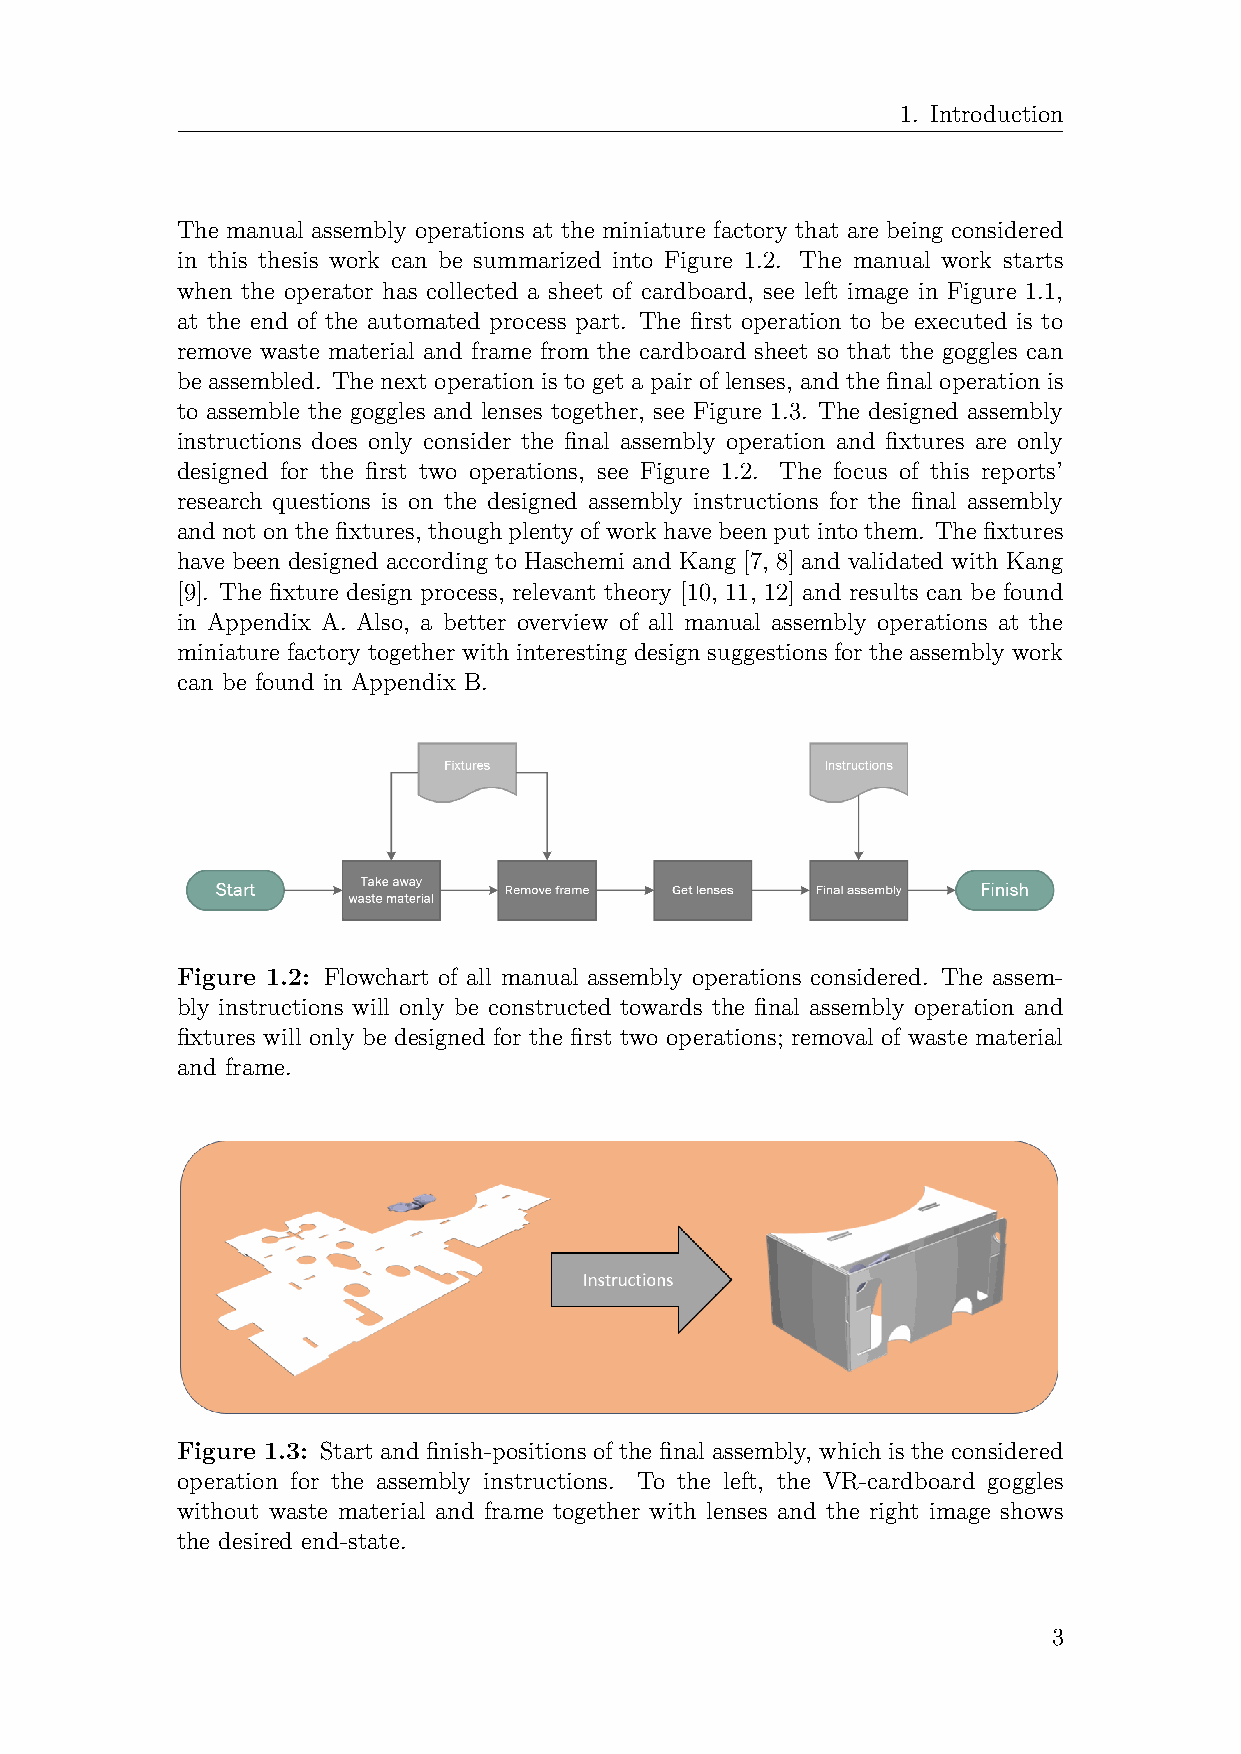
1. Introduction
 The manual assembly operations at the miniature factory that are being considered
 in this thesis work can be summarized into Figure 1.2. The manual work starts
 when the operator has collected a sheet of cardboard, see left image in Figure 1.1,
 at the end of the automated process part. The first operation to be executed is to
 remove waste material and frame from the cardboard sheet so that the goggles can
 be assembled. The next operation is to get a pair of lenses, and the final operation is
 to assemble the goggles and lenses together, see Figure 1.3. The designed assembly
 instructions does only consider the final assembly operation and fixtures are only
 designed for the first two operations, see Figure 1.2. The focus of this reports’
 research questions is on the designed assembly instructions for the final assembly
 andnotonthefixtures, thoughplentyofworkhavebeenputintothem. Thefixtures
 have been designed according to Haschemi and Kang [7, 8] and validated with Kang
 [9]. The fixture design process, relevant theory [10, 11, 12] and results can be found
 in Appendix A. Also, a better overview of all manual assembly operations at the
 miniature factory together with interesting design suggestions for the assembly work
 can be found in Appendix B.
 Figure 1.2: Flowchart of all manual assembly operations considered. The assem-
 bly instructions will only be constructed towards the final assembly operation and
 fixtures will only be designed for the first two operations; removal of waste material
 and frame.
 Figure 1.3: Start and finish-positions of the final assembly, which is the considered
 operation for the assembly instructions. To the left, the VR-cardboard goggles
 without waste material and frame together with lenses and the right image shows
 the desired end-state.
 3